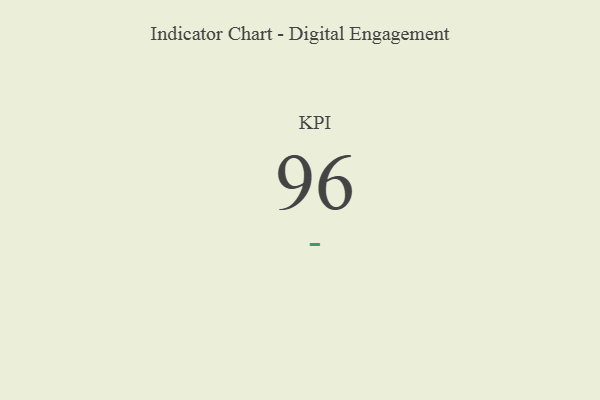
{"axis": {"x": "KPI", "y": "Value"}, "legend": [""], "data": [{"x": "KPI", "y": 96, "type": ""}]}